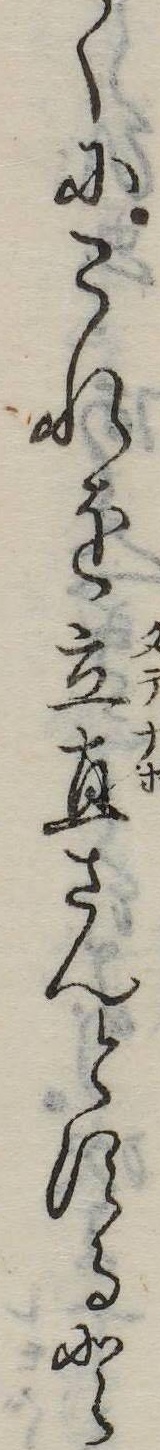
くにこれを立直さんとすると